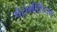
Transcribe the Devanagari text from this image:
पैरामीशियम